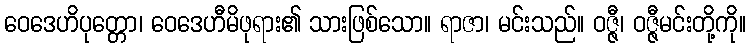
ဝေဒေဟိပုတ္တော၊ ဝေဒေဟီမိဖုရား၏ သားဖြစ်သော။ ရာဇာ၊ မင်းသည်။ ဝဇ္ဇီ၊ ဝဇ္ဇီမင်းတို့ကို။